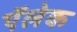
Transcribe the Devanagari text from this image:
ऍलेक